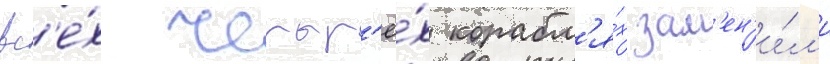
вс'е́х четыр'ё́х корабл'я́х зам'ен'и́л'и